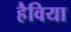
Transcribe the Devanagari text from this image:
हैविया